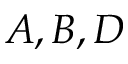
A , B , D